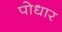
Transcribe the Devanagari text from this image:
पोधार